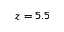
z = 5 . 5